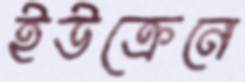
ইউক্রেনে